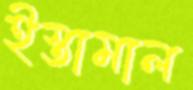
ইস্তামাল